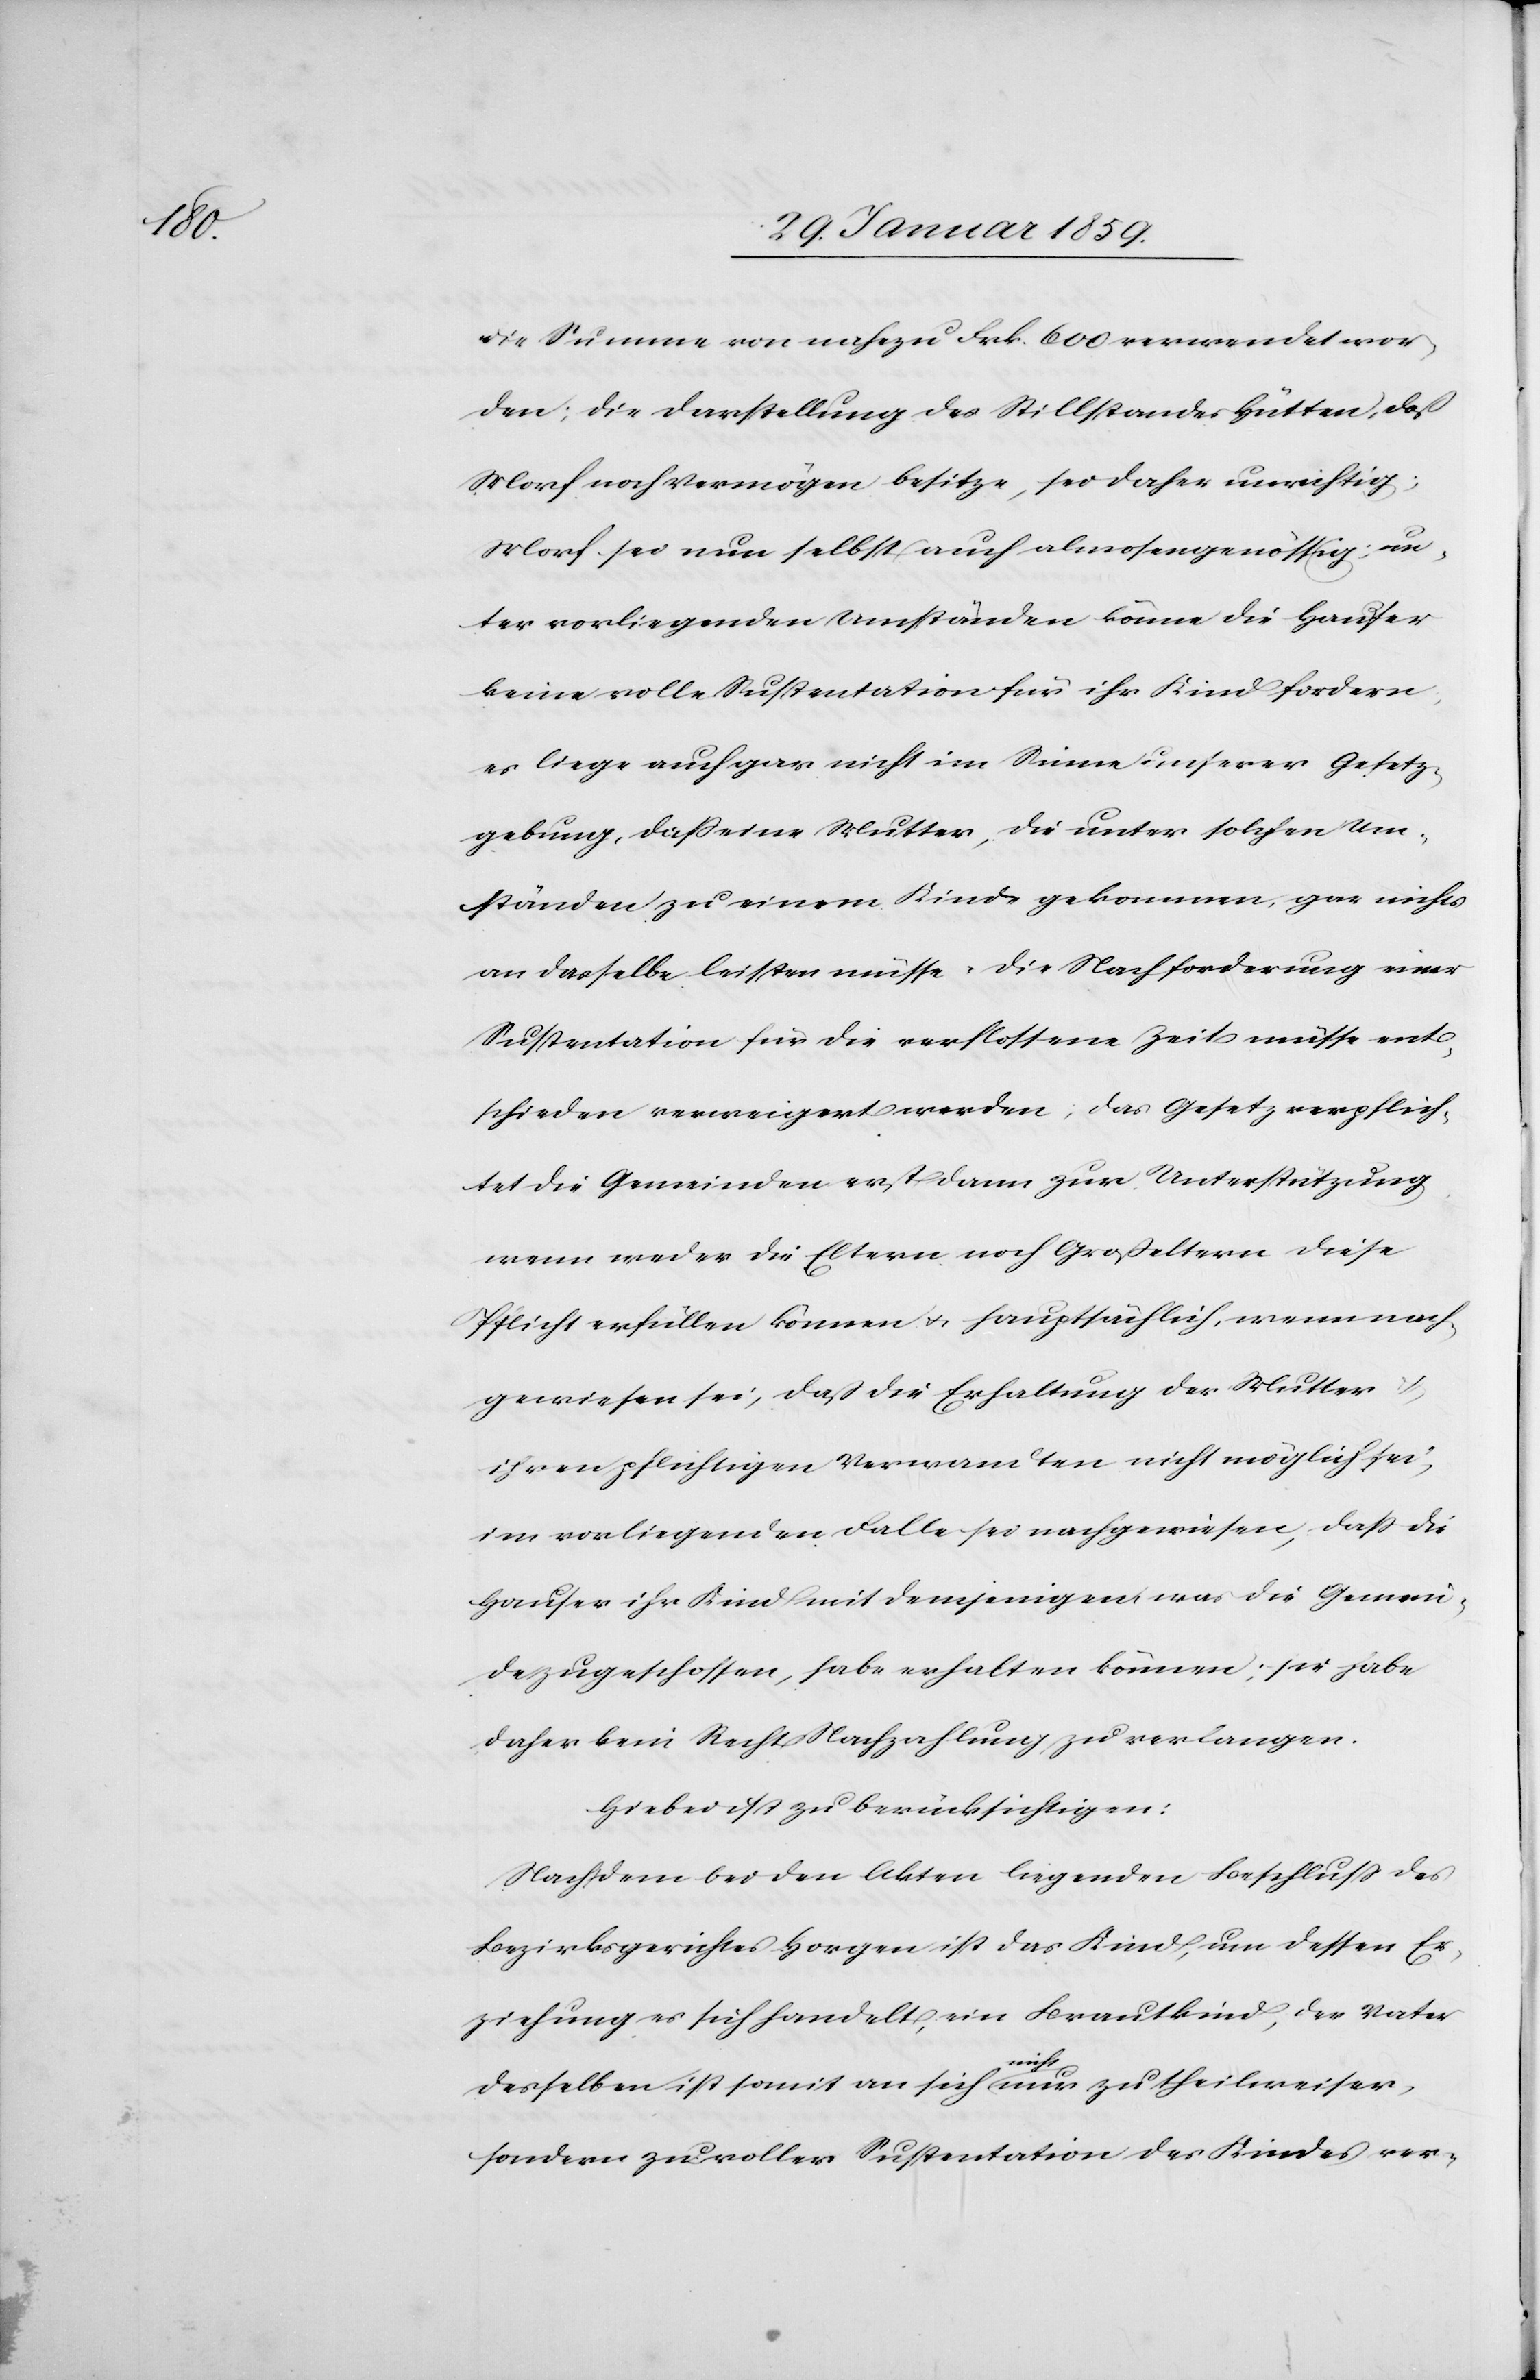
wor¬

den; die Darstellung des Stillstandes Hütten, daß
Morf noch Vermögen besitze, sei daher unrichtig;
Morf sei nun selbst auch almosengenössig; un¬
ter vorliegenden Umständen könne die Hauser
keine volle Sustentation für ihr Kind fordern;
es liege auch gar nicht im Sinne unserer Gesetz¬
gebung, daß eine Mutter, die unter solchen Um¬
ständen zu einem Kinde gekommen, gar nichts
an dasselbe leisten müsse u. die Nachforderung einer
Sustentation für die verflossene Zeit müsse ent¬
schieden verweigert werden; das Gesetz verpflich¬
tet die Gemeinden erst dann zur Unterstützung,
wenn weder die Eltern noch Großeltern diese
Pflicht erfüllen können u. hauptsächlich, wenn nach¬
gewiesen sei, daß die Erhaltung der Mutter
ihren pflichtigen Verwandten nicht möglich sei;
im vorliegenden Falle sei nachgewiesen, daß die
Hauser ihr Kind mit demjenigen, was die Gemein¬
de dazugeschossen, habe erhalten können; sie habe
daher kein Recht Nachzahlung zu verlangen.
Hiebei ist zu berücksichtigen:
Nach dem bei den Akten liegenden Beschluß des
Bezirksgerichtes Horgen ist das Kind, um dessen Er¬
ziehung es sich handelt, ein Brautkind, der Vater
deshalben ist somit an sich nicht nur zu theilweiser,
sondern zu voller Sustentation des Kindes ver-